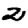
Digit: 2